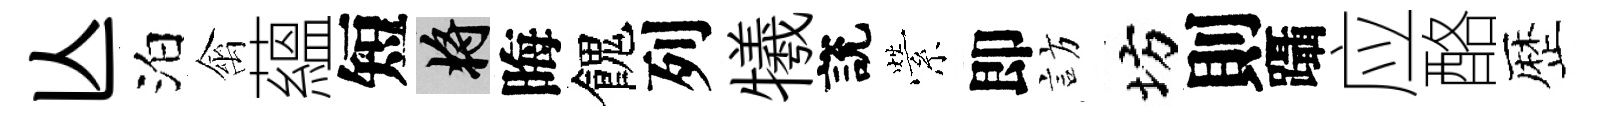
亾泊禽蘊短將晦餽列犧說縈即訪坊則躡应酪歴